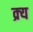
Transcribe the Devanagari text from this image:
क्र्य